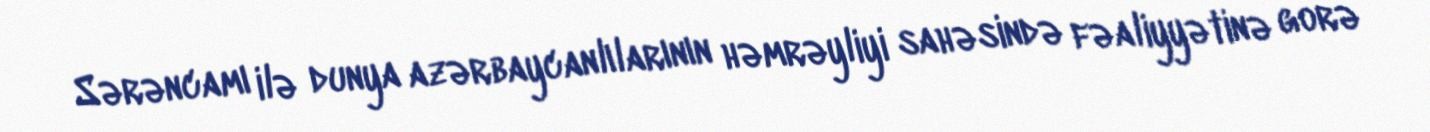
Sərəncamı ilə dunya azərbaycanlılarının həmrəyliyi sahəsində fəaliyyətinə gorə